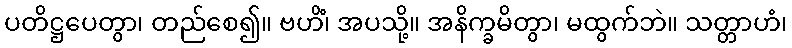
ပတိဋ္ဌပေတွာ၊ တည်စေ၍။ ဗဟိံ၊ အပသို့။ အနိက္ခမိတွာ၊ မထွက်ဘဲ။ သတ္တာဟံ၊